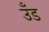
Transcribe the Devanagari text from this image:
उँड